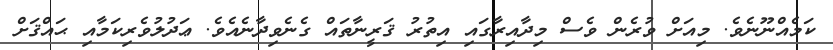
ކަމެއްނޫނެވެ. މިއަށް ވުރެން ވެސް މިދާއިރާގައި އިތުރު ޤަރީނާތައް ގެނެވިދާނެއެވެ. ޢަދުލުވެރިކަމާއި ޙައްޤަށް